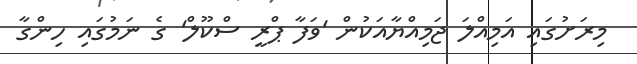
މިރަށުގައި އަމިއްލަ ޖަމިއްޔާއަކުން 'ވަފާ ޕްރީ ސްކޫލް' ގެ ނަމުގައި ހިންގާ